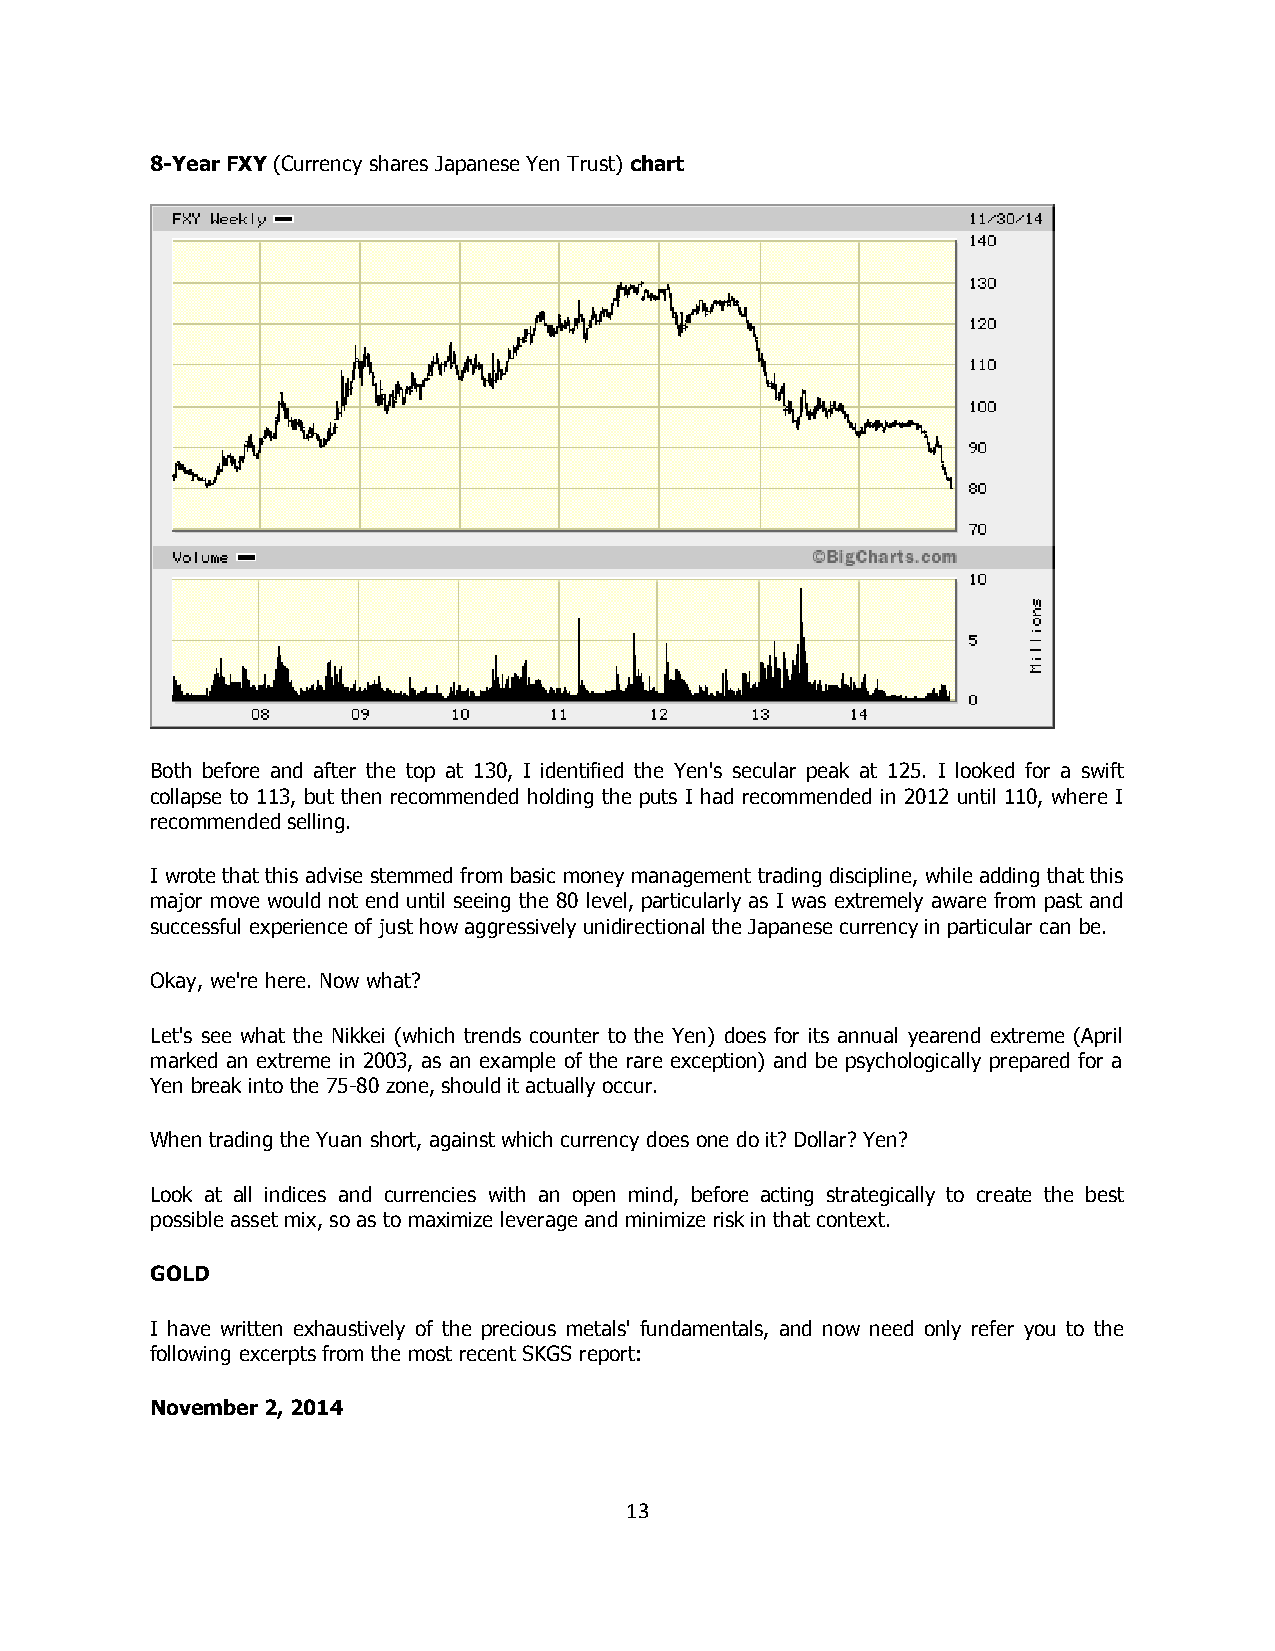
8-Year FXY (Currency shares Japanese Yen Trust) chart
 Both before and after the top at 130, I identified the Yen's secular peak at 125. I looked for a swift
 collapse to 113, but then recommended holding the puts I had recommended in 2012 until 110, where I
 recommended selling.
 I wrote that this advise stemmed from basic money management trading discipline, while adding that this
 major move would not end until seeing the 80 level, particularly as I was extremely aware from past and
 successful experience of just how aggressively unidirectional the Japanese currency in particular can be.
 Okay, we're here. Now what?
 Let's see what the Nikkei (which trends counter to the Yen) does for its annual yearend extreme (April
 marked an extreme in 2003, as an example of the rare exception) and be psychologically prepared for a
 Yen break into the 75-80 zone, should it actually occur.
 When trading the Yuan short, against which currency does one do it? Dollar? Yen?
 Look at all indices and currencies with an open mind, before acting strategically to create the best
 possible asset mix, so as to maximize leverage and minimize risk in that context.
 GOLD
 I have written exhaustively of the precious metals' fundamentals, and now need only refer you to the
 following excerpts from the most recent SKGS report:
 November 2, 2014
 13